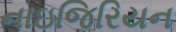
નાઇજિરિયન